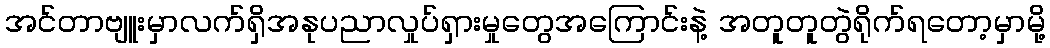
အင်တာဗျူးမှာလက်ရှိအနုပညာလှုပ်ရှားမှုတွေအကြောင်းနဲ့ အတူတူတွဲရိုက်ရတော့မှာမို့